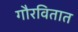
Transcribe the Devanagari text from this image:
गौरवितात